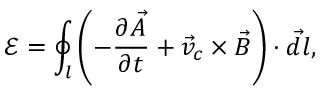
\mathcal E = \oint _ { l } \left( - \frac { \partial \vec { A } } { \partial t } + \vec { v } _ { c } \times \vec { B } \right) \cdot \vec { d l } ,